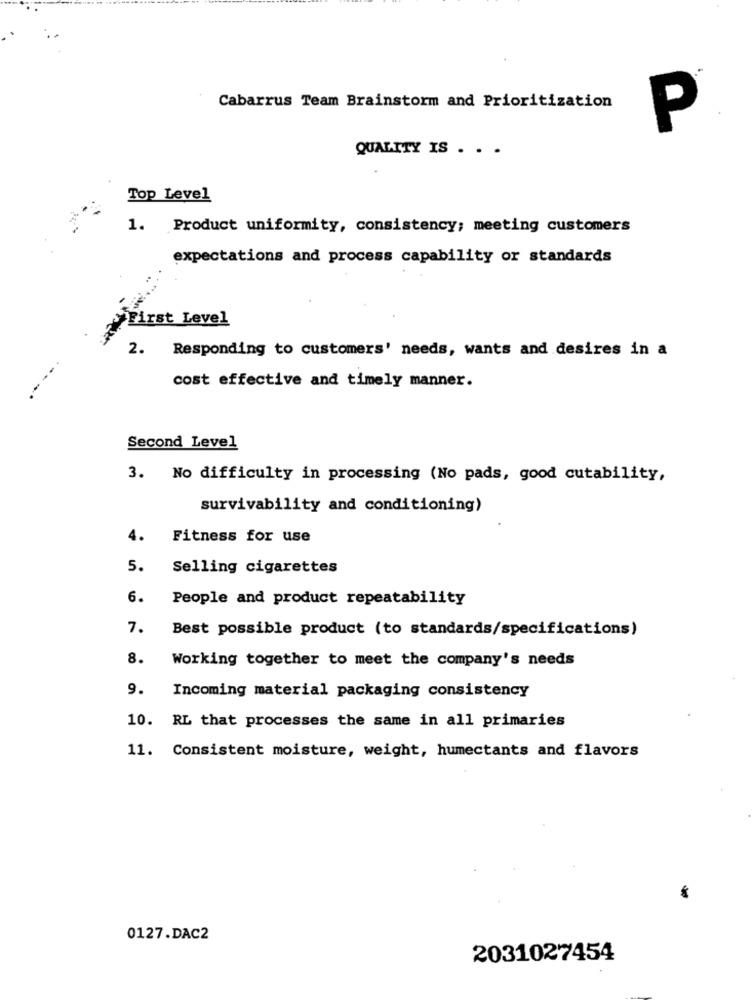
Cabarrus Team Brainstorm and Prioritization
P
QUALITY IS . . .
Top Level
1. Product uniformity, consistency; meeting customers
expectations and process capability or standards
First Level
2.
Responding to customers' needs, wants and desires in a
cost effective and timely manner.
Second Level
3. No difficulty in processing (No pads, good cutability,
survivability and conditioning)
4.
Fitness for use
5.
Selling cigarettes
6.
People and product repeatability
7.
Best possible product (to standards/specifications)
8.
Working together to meet the company's needs
9.
Incoming material packaging consistency
10. RL that processes the same in all primaries
11. Consistent moisture, weight, humectants and flavors
0127.DAC2
2031027454